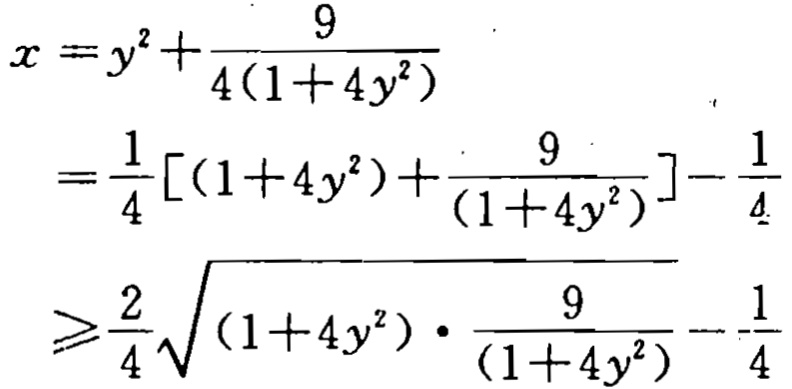
\[
\begin{align*}
x&=y^{2}+\frac{9}{4(1 + 4y^{2})}\\
&=\frac{1}{4}\left[(1 + 4y^{2})+\frac{9}{(1 + 4y^{2})}\right]-\frac{1}{4}\\
&\geqslant\frac{2}{4}\sqrt{(1 + 4y^{2})\cdot\frac{9}{(1 + 4y^{2})}}-\frac{1}{4}
\end{align*}
\]